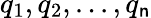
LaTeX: q_{1},q_{2},...,q_{\mathsf{n}}